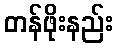
တန်ဖိုးနည်း